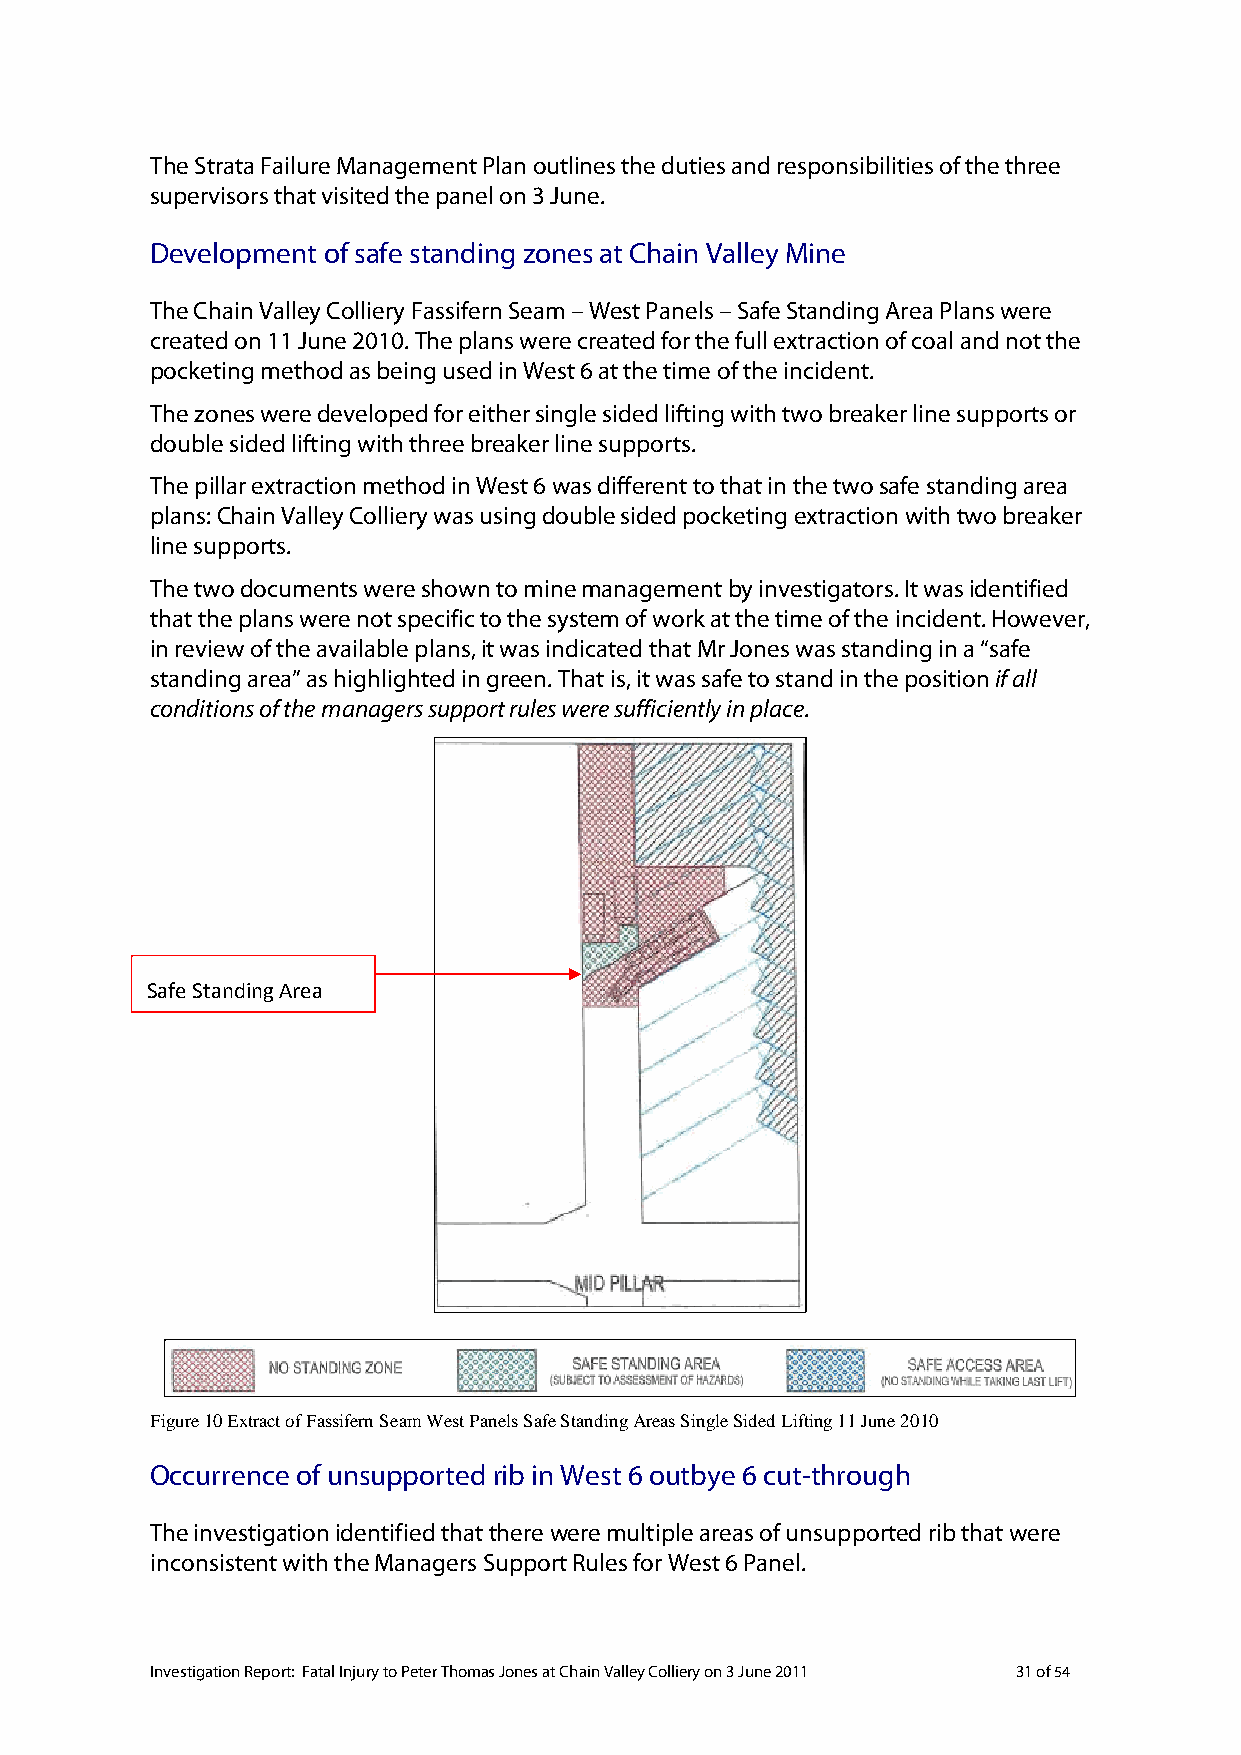
The Strata Failure Management Plan outlines the duties and responsibilities of the three
 supervisors that visited the panel on 3 June.
 Development of safe standing zones at Chain Valley Mine
 The Chain Valley Colliery Fassifern Seam – West Panels – Safe Standing Area Plans were
 created on 11 June 2010. The plans were created for the full extraction of coal and not the
 pocketing method as being used in West 6 at the time of the incident.
 The zones were developed for either single sided lifting with two breaker line supports or
 double sided lifting with three breaker line supports.
 The pillar extraction method in West 6 was different to that in the two safe standing area
 plans: Chain Valley Colliery was using double sided pocketing extraction with two breaker
 line supports.
 The two documents were shown to mine management by investigators. It was identified
 that the plans were not specific to the system of work at the time of the incident. However,
 in review of the available plans, it was indicated that Mr Jones was standing in a “safe
 standing area” as highlighted in green. That is, it was safe to stand in the position if all
 conditions of the managers support rules were sufficiently in place.
 Safe Standing Area
 Figure 10 Extract of Fassifern Seam West Panels Safe Standing Areas Single Sided Lifting 11 June 2010
 Occurrence of unsupported rib in West 6 outbye 6 cut-through
 The investigation identified that there were multiple areas of unsupported rib that were
 inconsistent with the Managers Support Rules for West 6 Panel.
 Investigation Report: Fatal Injury to Peter Thomas Jones at Chain Valley Colliery on 3 June 2011 31 of 54